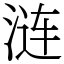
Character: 涟